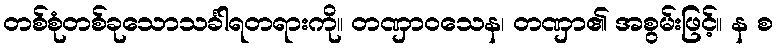
တစ်စုံတစ်ခုသောသင်္ခါရတရားကို။ တဏှာဝသေန၊ တဏှာ၏ အစွမ်းဖြင့်။ န စ